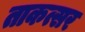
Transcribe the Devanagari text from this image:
ताकत्सर